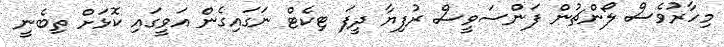
މިހާރުވެސް ލޯންޗުން ފަންސަވީސް ރުފިޔާ ދީފަ ޓިކެޓް ނަގައިގެން އަވީގައި ކޮޅަށް ތިބެނީ